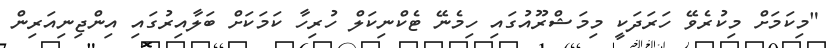
"މިކަމަށް މިކުރެވޭ ހަރަދަކީ މިމަޝްރޫއުގައި ހިމެނޭ ޓެކްނިކަލް ހުރިހާ ކަމަކަށް ބަލާއިރުގައި އިންޖިނިއަރިން